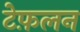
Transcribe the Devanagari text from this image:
टेफ़लन